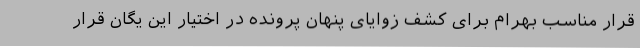
قرار مناسب بهرام برای کشف زوایای پنهان پرونده در اختیار این یگان قرار